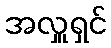
အလှူရှင်